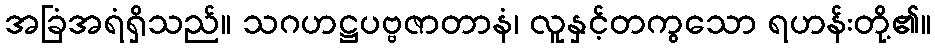
အခြံအရံရှိသည်။ သဂဟဋ္ဌပဗ္ဗဇာတာနံ၊ လူနှင့်တကွသော ရဟန်းတို့၏။